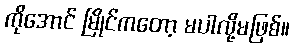
ကိုအောင် မြိုင်ကတော့ မပါလို့မဖြစ်။